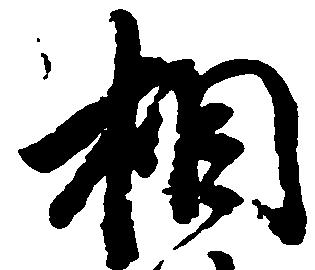
相